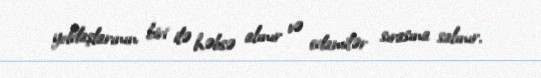
yoldaşlarının biri ilə həbsə alınır və edamilər sırasına salınır.